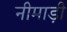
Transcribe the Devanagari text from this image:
नीमाड़ी